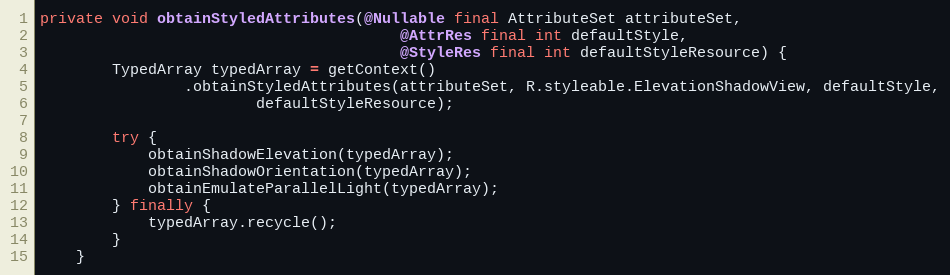
Language: Java
private void obtainStyledAttributes(@Nullable final AttributeSet attributeSet,
                                        @AttrRes final int defaultStyle,
                                        @StyleRes final int defaultStyleResource) {
        TypedArray typedArray = getContext()
                .obtainStyledAttributes(attributeSet, R.styleable.ElevationShadowView, defaultStyle,
                        defaultStyleResource);

        try {
            obtainShadowElevation(typedArray);
            obtainShadowOrientation(typedArray);
            obtainEmulateParallelLight(typedArray);
        } finally {
            typedArray.recycle();
        }
    }